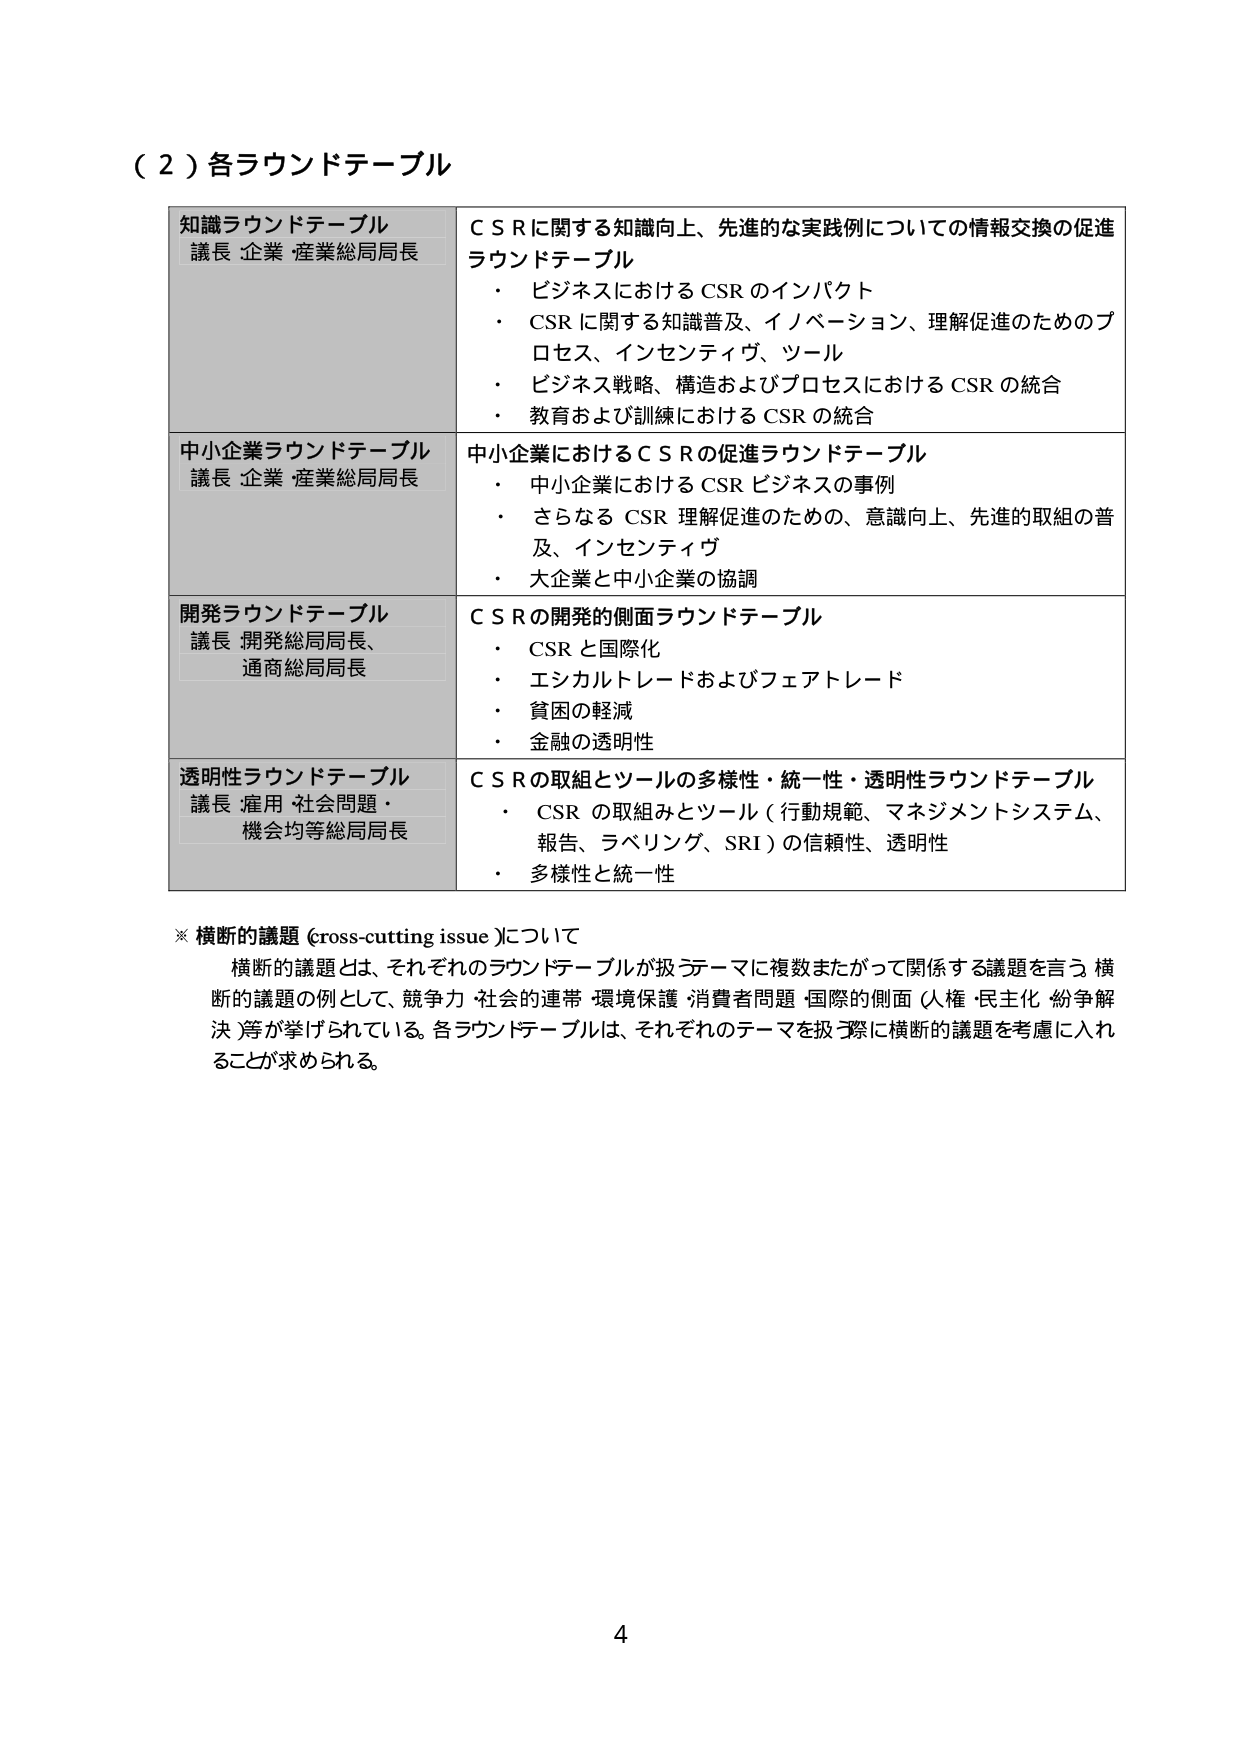
（２）各ラウンドテーブル

知識ラウンドテーブル
議長 企業・産業総局局長
ＣＳＲに関する知識向上、先進的な実践例についての情報交換の促進
ラウンドテーブル
・ ビジネスにおけるCSRのインパクト
・ CSRに関する知識普及、イノベーション、理解促進のためのプロセス、インセンティブ、ツール
・ ビジネス戦略、構造およびプロセスにおけるCSRの統合
・ 教育および訓練におけるCSRの統合

中小企業ラウンドテーブル
議長 企業・産業総局局長
中小企業におけるＣＳＲの促進ラウンドテーブル
・ 中小企業におけるCSRビジネスの事例
・ さらなるCSR理解促進のための、意識向上、先進的取組の普及、インセンティブ
・ 大企業と中小企業の協調

開発ラウンドテーブル
議長 開発総局局長、通商総局局長
ＣＳＲの開発的側面ラウンドテーブル
・ CSRと国際化
・ エシカルトレードおよびフェアトレード
・ 貧困の軽減
・ 金融の透明性

透明性ラウンドテーブル
議長 雇用・社会問題・機会均等総局局長
ＣＳＲの取組とツールの多様性・統一性・透明性ラウンドテーブル
・ CSRの取組みとツール（行動規範、マネジメントシステム、報告、ラベリング、SRI）の信頼性、透明性
・ 多様性と統一性

※ 横断的議題（cross-cutting issue）について
横断的議題とは、それぞれのラウンドテーブルが扱うテーマに複数またがって関係する議題を言う。横断的議題の例として、競争力・社会的連帯・環境保護・消費者問題・国際的側面（人権・民主化・紛争解決）等が挙げられている。各ラウンドテーブルは、それぞれのテーマを扱う際に横断的議題を考慮に入れることが求められる。

4